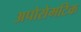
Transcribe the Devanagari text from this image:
अपोसेमटिक